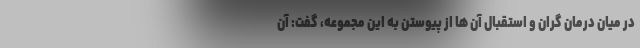
در میان درمان گران و استقبال آن ها از پیوستن به این مجموعه، گفت: آن